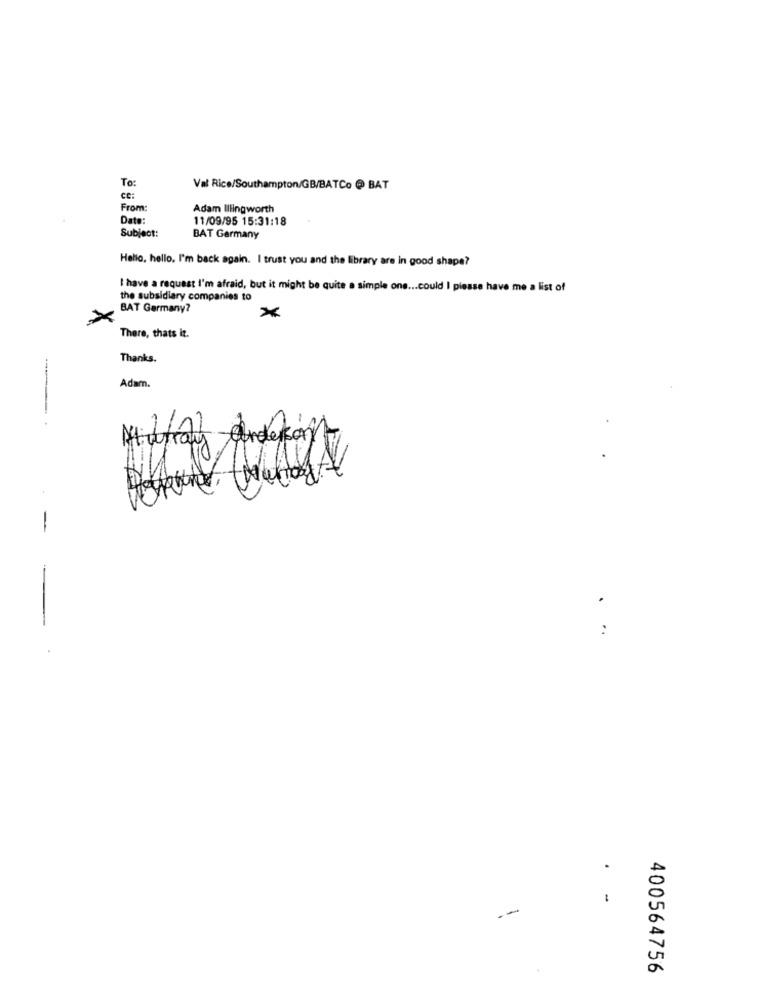
To:
Val Rice/Southampton/GB/BATCo @ BAT
CC:
From:
Adam Illingworth
Date:
11/09/95 15:31:18
Subject:
BAT Germany
Hello, hello, I'm back again. I trust you and the library are in good shape?
I have a request I'm afraid, but it might be quite a simple one ... could I piesse have me a list of
the subsidiary companies to
BAT Germany?
×
There, thats it.
Thanks.
Adam.
---.
Away anderson
-
..
.
--
400564756